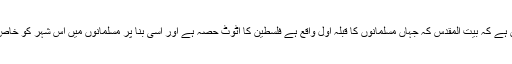
یہ ایسی حالت میں ہے کہ بیت المقدس کہ جہاں مسلمانوں کا قبلہ اول واقع ہے فلسطین کا اٹوٹ حصہ ہے اور اسی بنا پر مسلمانوں میں اس شہر کو خاص مقام حاصل ہے۔